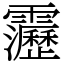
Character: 靋